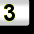
Digit: 3